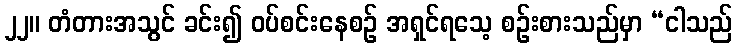
၂၂။ တံတားအသွင် ခင်း၍ ဝပ်စင်းနေစဉ် အရှင်ရသေ့ စဉ်းစားသည်မှာ “ငါသည်